Report on sanitation, dispensaries, and jails in Rajputana for 1910, and on vaccination for the year 1910-1911 - 1910-1911
Year: 1910
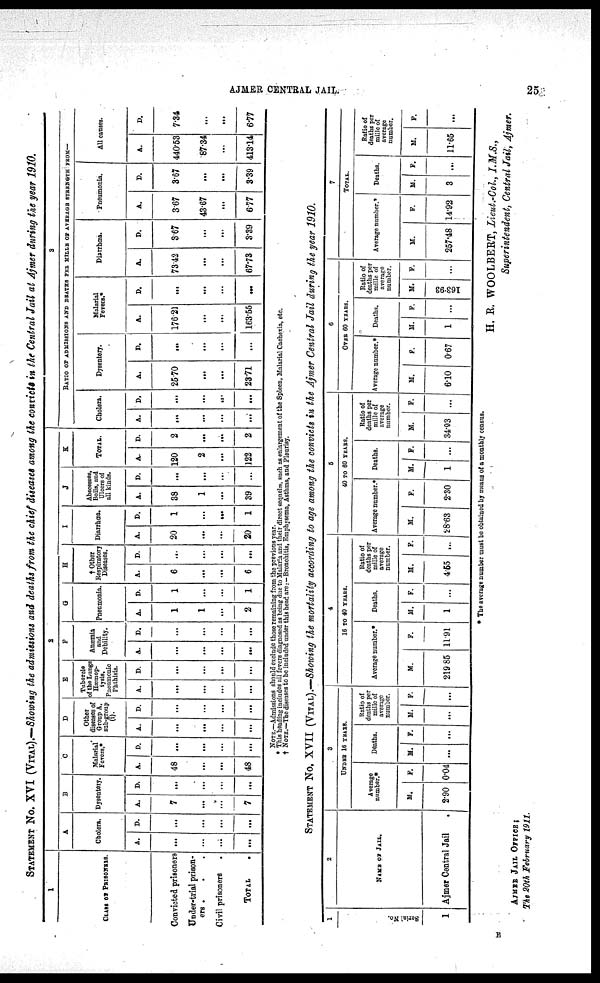
AJMER CENTRAL JAIL.
25
STATEMENT No. XVI (VITAL).—Showing the admissions and deaths from the chief diseases among the convicts in the Central Jail at Ajmer during the year 1910.
1
CLASS OF PRISONERS.
Convicted prisoners
Under-trial prison-
ers . . .
Civil prisoners
.
TOTAL.
2
A
Cholera.
A.
...
. ..
...
...
D.
...
. ..
...
...
B
Dysentery.
A.
7
...
...
7
D.
...
...
...
...
C
Malarial
Fevers.
A.
48
...
...
48
D.
...
...
...
...
D
Other
diseases of
Group A,
sub-group
(i).
A.
...
...
...
...
D.
...
...
...
...
E
Tubercle
of the Lungs
Hæmop-
tysis.
Pneumonic
Phthisis.
A.
...
...
...
...
D.
...
...
...
...
F
Anæmia
and
Debility.
A.
...
...
...
...
D.
...
...
...
...
G
Pneumonia.
A.
1
1
...
2
D.
1
...
...
1
H
† Other
Respiratory
Diseases.
A.
6
...
. ..
6
D.
. ..
. ..
...
...
I
Diarrhœa.
A.
20
...
...
20
D.
1
...
...
1
J
Abscesses,
Boils, and
Ulcers of
all kinds.
A.
38
1
...
39
D.
...
...
...
...
K
TOTAL.
A.
120
2
...
122
D.
2
...
...
2
3
RATIO OF ADMISSIONS AND DEATHS PER MILLE OF AVERAGE STRENGTH FROM—
Cholera.
A.
...
...
...
...
D.
...
...
...
. ..
Dysentery.
A.
25.70
...
...
23.71
D.
...
...
...
...
Malarial
Fevers.*
A.
176.21
. ..
...
163.55
D.
...
...
...
...
Diarrhœa.
A.
73.42
...
...
67.73
D.
3.67
...
...
3.39
Pneumonia.
A.
3.67
43.67
...
6.77
D.
3.67
...
...
3.39
All causes.
A.
440.53
87.34
...
413.14
D.
7.34
...
...
6.77
NOTE.—Admissions should exclude those remaining from the previous year.
* This heading includes all fevers diagnosed as being due to Malaria and their direct sequelæ, such as enlargement of the Spleen, Malarial Cachexia, etc.
† NOTE,—The diseases to be included under this head are:-Bronchitis, Emphysema, Asthma, and Pleurisy.
STATEMENT No. XVII (VITAL).—Showing the mortality according to age among the convicts in the Ajmer Central Jail during the year 1910.
1
Serial No.
1
2
NAME OF JAIL.
Ajmer Central Jail
3
UNDER 16 YEARS.
Average
number.*
M.
2.90
F.
0.04
Deaths.
M.
...
F.
...
Ratio of
deaths per
mille of
average
number.
M.
...
F.
...
4
16 TO 40 YEARS.
Average number.*
M.
219.85
F.
11.91
Deaths.
M.
1
F.
...
Ratio of
deaths per
mille of
average
number.
M.
4.55
F.
...
5
40 TO 60 YEARS.
Average number.*
M.
28.63
F.
2.30
Deaths.
M.
1
F.
...
Ratio of
deaths per
mille of
average
number.
M.
34.93
F.
...
6
OVER 60 YEARS.
Average number.*
M.
6.10
F.
0.67
Deaths.
M.
1
F.
...
Ratio of
deaths per
mille of
average
number.
M.
163.93
F.
...
7
TOTAL
Average number.*
M.
257.48
F.
14.92
Deaths.
M.
3
F.
...
Ratio of
deaths per
mille of
average
number.
M.
11.65
F.
...
* The average number must be obtained by means of a monthly census.
H. R. WOOLBERT, Lieut.-Col., I.M.S.,
Superintendent, Central Jail, Ajmer.
AJMER JAIL OFFICE;
The 20th February 1911.
E